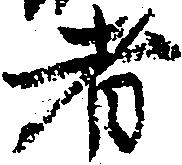
者